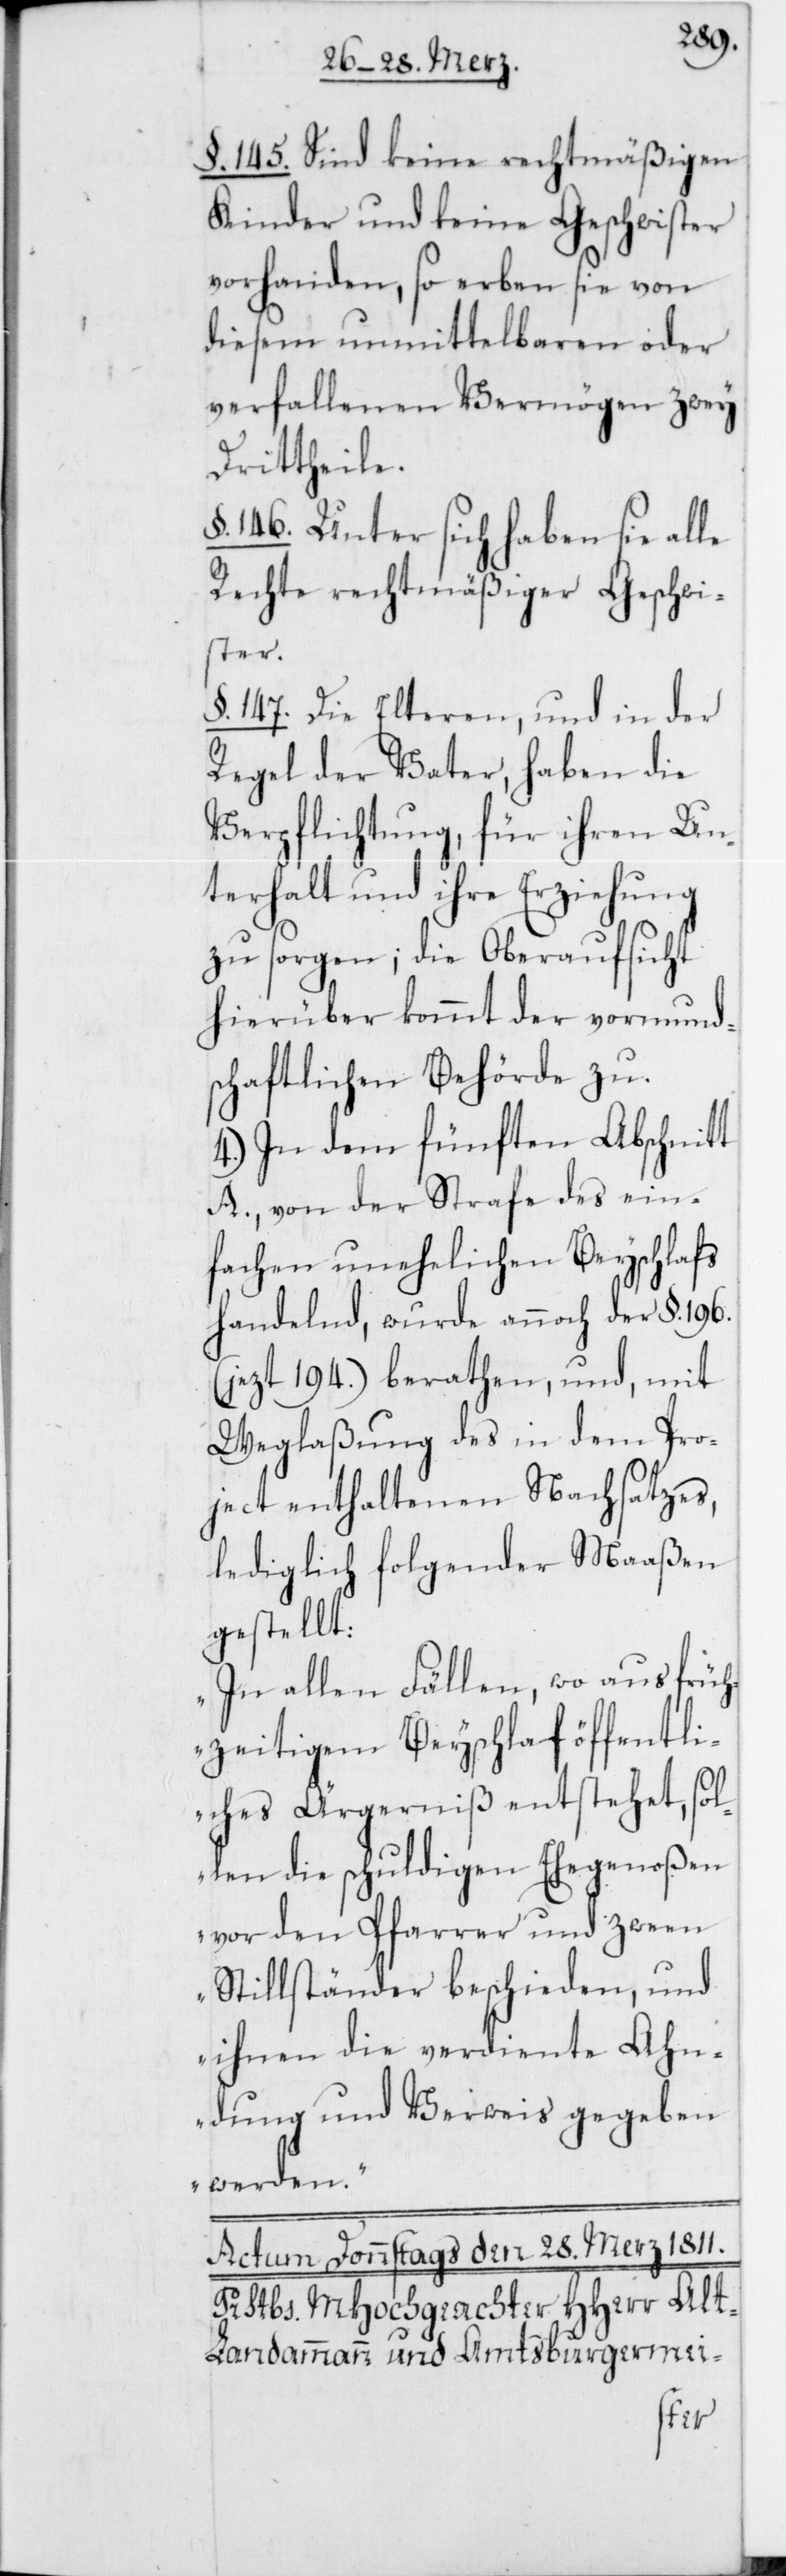
§. 145. Sind keine rechtmäßigen
Kinder und keine Geschwister
vorhanden, so erben sie von
diesem unmittelbaren oder
verfallenen Vermögen zwey
Drittheile.
§. 146. Unter sich haben sie alle
Rechte rechtmäßiger Geschwi¬
ster.
§. 147. Die Elteren, und in der
Regel der Vater, haben die
Verpflichtung, für ihren Un¬
terhalt und ihre Erziehung
zu sorgen; die Oberaufsicht
hierüber kommt der vormunds¬
chaftlichen Behörde zu.
4.) In dem fünften Abschnitt
A., von der Strafe des ein¬
fachen unehelichen Beyschlafs
handelnd, wurde annoch der §. 196.
(jezt 194.) berathen, und, mit
Weglaßung des in dem Pro¬
ject enthaltenen Nachsatzes,
lediglich folgender Maaßen
gestellt:
„In allen Fällen, wo aus früh¬
zeitigem Beyschlaf öffentli¬
ches Ärgerniß entstehet, sol¬
len die schuldigen Ehegenoßen
vor den Pfarrer und zween
Stillständer beschieden, und
ihnen die verdiente Ahn¬
dung und Verweis gegeben
werden.“